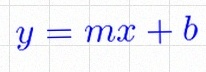
y=mx+b